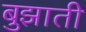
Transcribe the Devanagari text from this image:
बुझाती